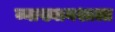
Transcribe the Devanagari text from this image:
व्याख्यानशाला